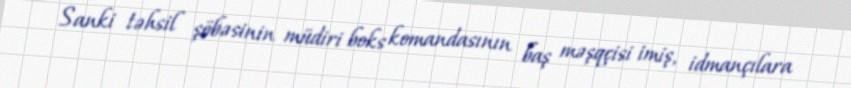
Sanki təhsil şöbəsinin müdiri boks komandasının baş məşqçisi imiş, idmançılara